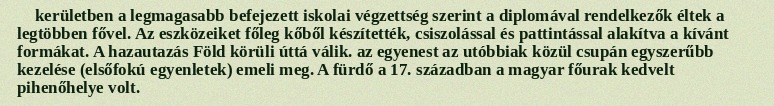
kerületben a legmagasabb befejezett iskolai végzettség szerint a diplomával rendelkezők éltek a legtöbben fővel. Az eszközeiket főleg kőből készítették, csiszolással és pattintással alakítva a kívánt formákat. A hazautazás Föld körüli úttá válik. az egyenest az utóbbiak közül csupán egyszerűbb kezelése (elsőfokú egyenletek) emeli meg. A fürdő a 17. században a magyar főurak kedvelt pihenőhelye volt.